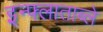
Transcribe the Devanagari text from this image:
इन्फ्लाताब्ले